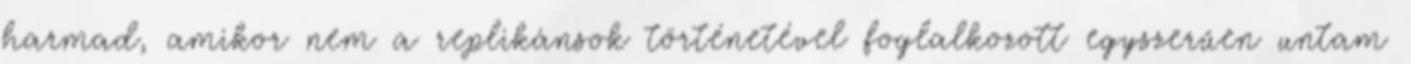
harmad, amikor nem a replikánsok történetével foglalkozott egyszerűen untam